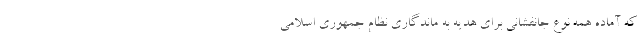
که آماده همه نوع جانفشانی برای هدیه به ماندگاری نظام جمهوری اسلامی